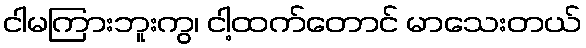
ငါမကြားဘူးကွ၊ ငါ့ထက်တောင် မာသေးတယ်